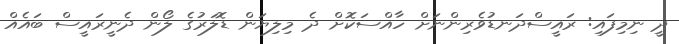
ދީ ނިމިފައި: ރައީސްދަނޑުވެރިންނަށް ހާއްސަކޮށް ދެ މިލިޔަން ޑޮލަރުގެ ލޯން ދެނީރައީސް ބައެއް